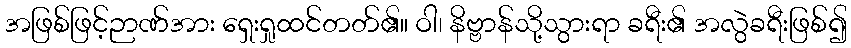
အဖြစ်ဖြင့်ဉာဏ်အား ရှေးရှုထင်တတ်၏။ ဝါ၊ နိဗ္ဗာန်သို့သွားရာ ခရီး၏ အလွဲခရီးဖြစ်၍